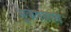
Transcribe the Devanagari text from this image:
भूकंपग्रस्त